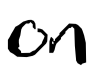
Text: on
Cross-out: clean
Writing tool: digital_black